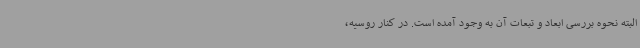
البته نحوه بررسی ابعاد و تبعات آن به وجود آمده است. در کنار روسیه،